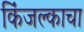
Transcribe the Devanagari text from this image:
किंजल्काचा